[Report on the health of British troops in the Madras command]
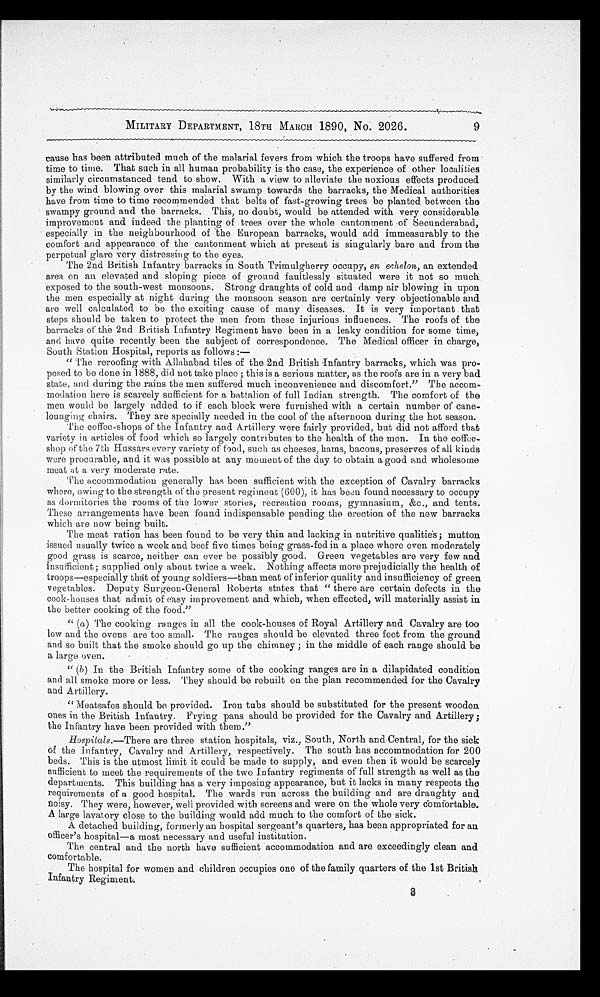
9
MILITARY DEPARTMENT, 18TH MARCH 1890, No. 2026.
cause has been attributed much of the malarial fevers from which the troops have suffered from
time to time. That such in all human probability is the case, the experience of other localities
similarly circumstanced tend to show. With a view to alleviate the noxious effects produced
by the wind blowing over this malarial swamp towards the barracks, the Medical authorities
have from time to time recommended that belts of fast-growing trees be planted between the
swampy ground and the barracks. This, no doubt, would be attended with very considerable
improvement and indeed the planting of trees over the whole cantonment of Secunderabad,
especially in the neighbourhood of the European barracks, would add immeasurably to the
comfort and appearance of the cantonment which at present is singularly bare and from the
perpetual glare very distressing to the eyes.
The 2nd British Infantry barracks in South Trimulgherry occupy, en echelon, an extended
area on an elevated and sloping piece of ground faultlessly situated were it not so much
exposed to the south-west monsoons. Strong draughts of cold and damp air blowing in upon
the men especially at night during the monsoon season are certainly very objectionable and
are well calculated to be the exciting cause of many diseases. It is very important that
steps should be taken to protect the men from these injurious influences. The roofs of the
barracks of the 2nd British Infantry Regiment have been in a leaky condition for some time,
and have quite recently been the subject of correspondence. The Medical officer in charge,
South Station Hospital, reports as follows :—
" The reroofing with Allahabad tiles of the 2nd British Infantry barracks, which was pro
-
posed to be done in 1888, did not take place ; this is a serious matter, as the roofs are in a very bad
state, and during the rains the men suffered much inconvenience and discomfort." The accom-
modation here is scarcely sufficient for a battalion of full Indian strength. The comfort of the
men. would be largely added to if each block were furnished with a certain number of cane
-
lounging chairs. They are specially needed in the cool of the afternoon during the hot season.
The coffee-shops of the Infantry and Artillery were fairly provided, but did not afford that
variety in articles of food which so largely contributes to the health of the men. In the coffee
-
shop of the 7th Hussars every variety of food, such as cheeses, hams, bacons, preserves of all kinds
were procurable, and it was possible at any moment of the day to obtain a good and wholesome
meat at a very moderate rate.
The accommodation generally has been sufficient with the exception of Cavalry barracks
where, owing to the strength of the present regiment (600), it has been found necessary to occupy
as dormitories the rooms of the lower stories, recreation rooms, gymnasium, &c., and tents.
These arrangements have been found indispensable pending the erection of the new barracks
which are now being built.
The meat ration has been found to be very thin and lacking in nutritive qualities; mutton
issued usually twice a week and beef five times being grass-fed in a place where even moderately
good grass is scarce, neither can ever be possibly good. Green vegetables are very few and
insufficient ; supplied only about twice a week. Nothing affects more prejudicially the health of
troops—especially that of young soldiers—than meat of inferior quality and insufficiency of green
vegetables. Deputy Surgeon-General Roberts states that " there are certain defects in the
cook-houses that admit of easy improvement and which, when effected, will materially assist in
the better cooking of the food."
" (a) The cooking ranges in all the cook-houses of Royal Artillery and Cavalry are too
low and the ovens are too small. The ranges should be elevated three feet from the ground
and so built that the smoke should go up the chimney ; in the middle of each range should be
a large oven.
" (b) In the British Infantry some of the cooking ranges are in a dilapidated condition
and all smoke more or less. They should be rebuilt on the plan recommended for the Cavalry
and Artillery.
" Meatsafes should be provided. Iron tubs should be substituted for the present wooden
ones in the British Infantry. Frying pans should be provided for the Cavalry and Artillery ;
the Infantry have been provided with them."
Hospitals .—There are three station hospitals, viz., South, North and Central, for the sick
of the Infantry, Cavalry and Artillery, respectively. The south has accommodation for 200
beds. This is the utmost limit it could be made to supply, and even then it would be scarcely
sufficient to meet the requirements of the two Infantry regiments of full strength as well as the
departments. This building has a very imposing appearance, but it lacks in many respects the
requirements of a good hospital. The wards run across the building and are draughty and
noisy. They were, however, well provided with screens and were on the whole very comfortable.
A large lavatory close to the building would add much to the comfort of the sick.
A detached building, formerly an hospital sergeant's quarters, has been appropriated for an
officer's hospital—a most necessary and useful institution.
The central and the north have sufficient accommodation and are exceedingly clean and
comfortable.
The hospital for women and children occupies one of the family quarters of the 1st British
Infantry Regiment.